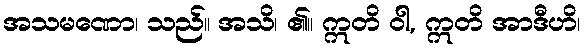
အသမဏော၊ သည်။ အသိ၊ ၏။ ဣတိ ဝါ, ဣတိ အာဒီဟိ၊